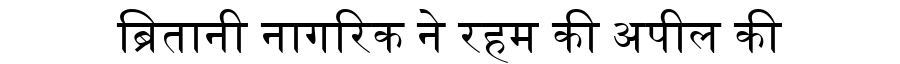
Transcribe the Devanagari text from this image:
ब्रितानी नागरिक ने रहम की अपील की